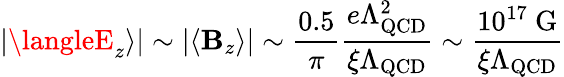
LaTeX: |\langleE_{z}\rangle|\sim|\langle\mathbf{B}_{z}\rangle|\sim\frac{{0.5}}{{\pi}}\frac{{e\Lambda_{\mathrm{{QCD}}}^{2}}}{{\xi\Lambda_{\mathrm{{QCD}}}}}\sim\frac{{10^{17}\mathrm{{~G}}}}{{\xi\Lambda_{\mathrm{{QCD}}}}}